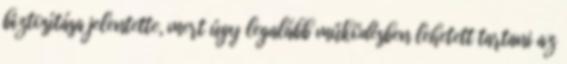
biztosítása jelentette, mert úgy legalább működésben lehetett tartani az